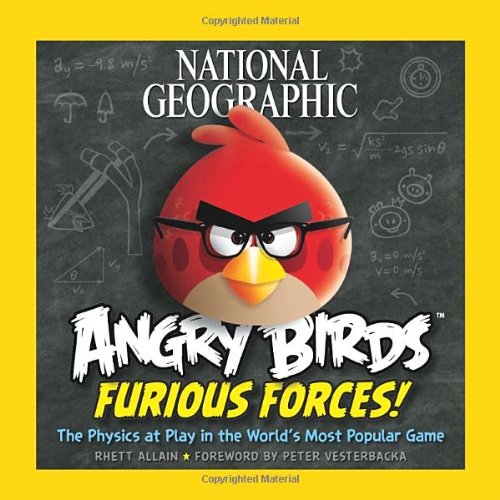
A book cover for National Geographic Angry Birds Furious Forces: The Physics at Play in the World's Most Popular Game; Rhett Allain; Humor & Entertainment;